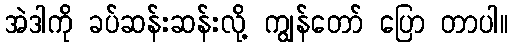
အဲဒါကို ခပ်ဆန်းဆန်းလို့ ကျွန်တော် ပြော တာပါ။